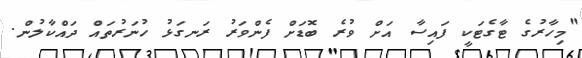
"މިހާރުގެ ޓާގެޓަކީ ފައިސާ އަށް ވުރެ ބޮޑަށް ފެންވަރު ރަނގަޅު ހުނަރުތައް ދައްކާލުން.